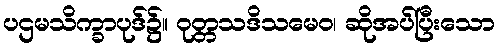
ပဌမသိက္ခာပုဒ်၌။ ဝုတ္တသဒိသမေဝ၊ ဆိုအပ်ပြီးသော